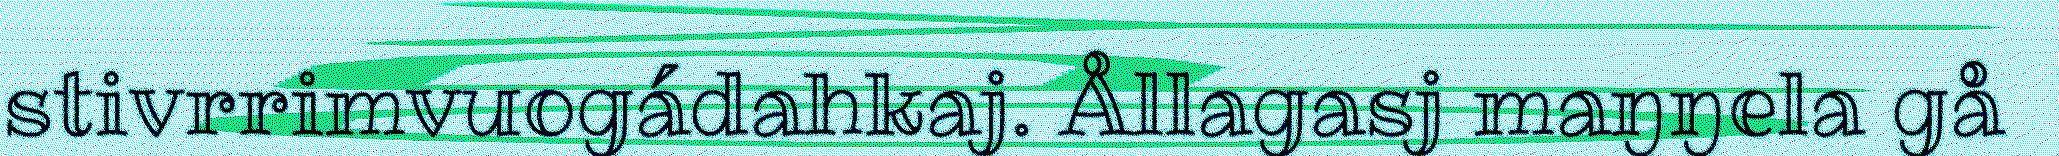
stivrrimvuogádahkaj. Ållagasj maŋŋela gå